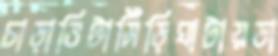
চাড়াভিটাসিঁড়িঘাটায়ডা